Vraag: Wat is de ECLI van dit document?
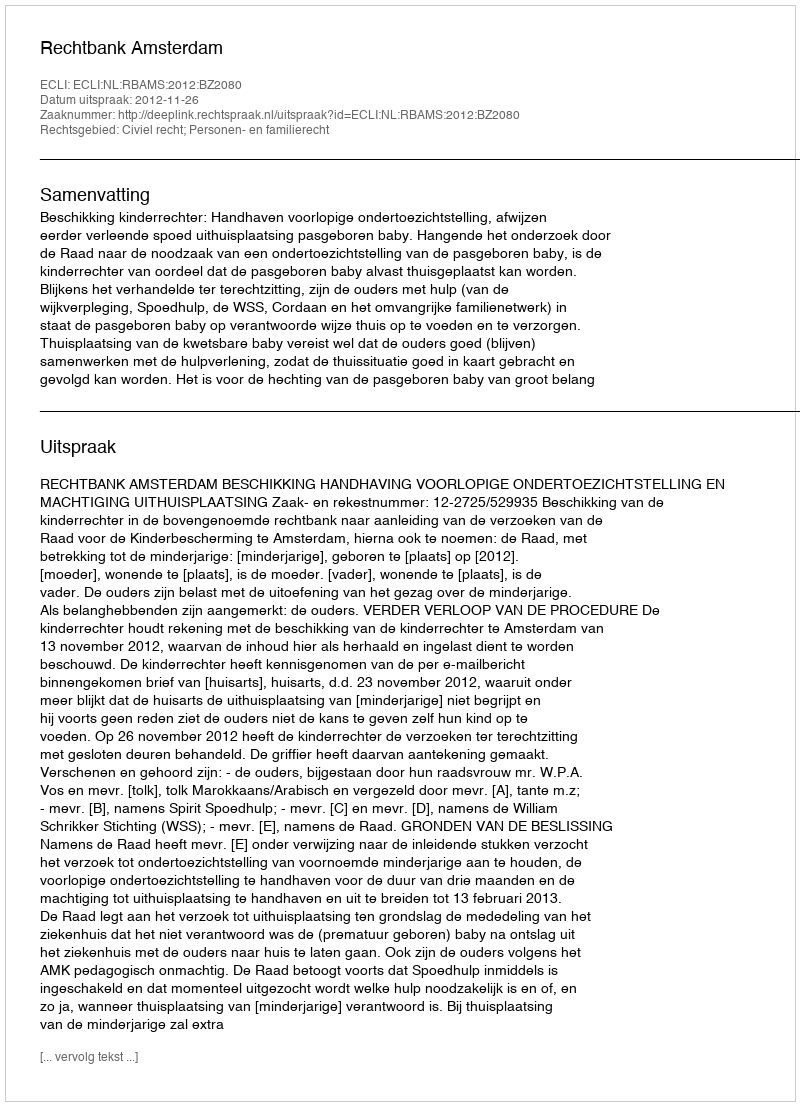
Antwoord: ECLI:NL:RBAMS:2012:BZ2080